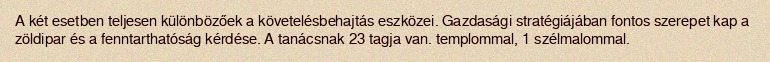
A két esetben teljesen különbözőek a követelésbehajtás eszközei. Gazdasági stratégiájában fontos szerepet kap a zöldipar és a fenntarthatóság kérdése. A tanácsnak 23 tagja van. templommal, 1 szélmalommal.